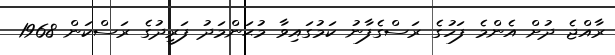
ރާއްޖެ ދުށް އެންމެ ފަހުގެ ރަސްގެފާނު ކަމުގައިވާ މުޙަންމަދު ފަރީދުގެ ރަސްކަން 1968